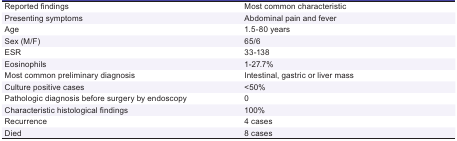
<table><thead><tr><td><b> Reported findings </b></td><td><b> Most common characteristic </b></td></tr></thead><tbody><tr><td> Presenting symptoms </td><td> Abdominal pain and fever </td></tr><tr><td> Age </td><td> 1.5-80 years </td></tr><tr><td> Sex (M/F) </td><td> 65/6 </td></tr><tr><td> ESR </td><td> 33-138 </td></tr><tr><td> Eosinophils </td><td> 1-27.7% </td></tr><tr><td> Most common preliminary diagnosis </td><td> Intestinal, gastric or liver mass </td></tr><tr><td> Culture positive cases </td><td> &lt;50% </td></tr><tr><td> Pathologic diagnosis before surgery by endoscopy </td><td> 0 </td></tr><tr><td> Characteristic histological findings </td><td> 100% </td></tr><tr><td> Recurrence </td><td> 4 cases </td></tr><tr><td> Died </td><td> 8 cases </td></tr></tbody></table>